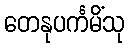
တေနုပင်္ကမိံသု